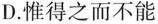
D.惟得之而不能